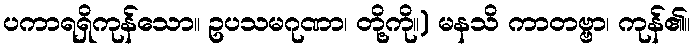
ပကာရရှိကုန်သော။ ဥပသမဂုဏာ၊ တို့ကို။) မနသိ ကာတဗ္ဗာ၊ ကုန်၏။